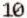
10